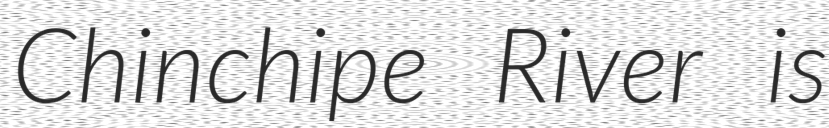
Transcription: Chinchipe River is